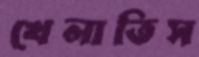
খেলাতিস